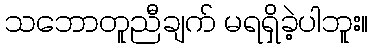
သဘောတူညီချက် မရရှိခဲ့ပါဘူး။